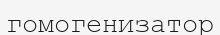
гомогенизатор